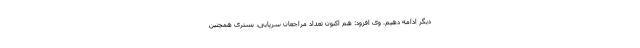
دیگر ادامه دهیم. وی افزود: هم اکنون تعداد مراجعان سرپایی، بستری همچنین